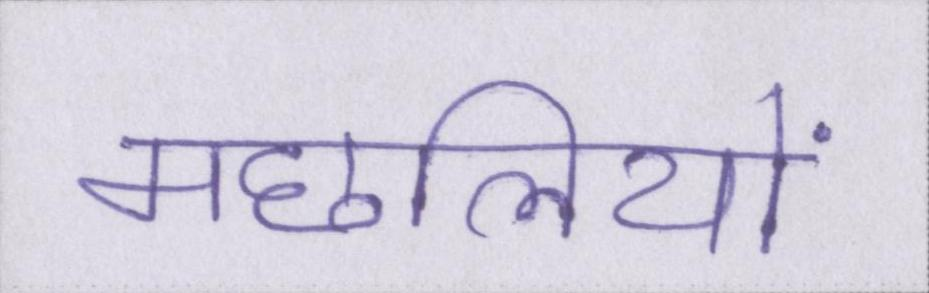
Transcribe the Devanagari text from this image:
मछलियों